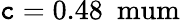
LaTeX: \mathtt{c}=0.48~\mathrm{{\ mum}}